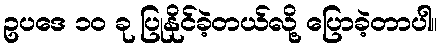
ဥပဒေ ၁၀ ခု ပြုနိုင်ခဲ့တယ်လို့ ပြောခဲ့တာပါ။